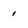
Character: 1